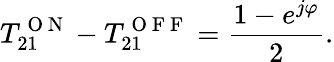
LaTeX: T_{21}^{\mathrm{~O~N~}}-T_{21}^{\mathrm{~O~F~F~}}=\frac{1-e^{j\varphi}}{2}.